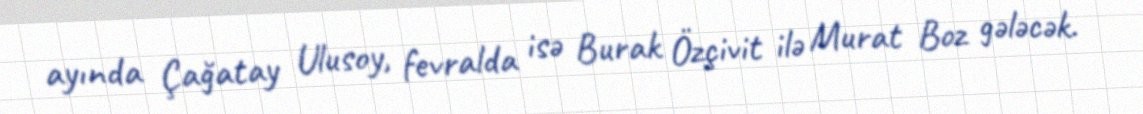
ayında Çağatay Ulusoy, fevralda isə Burak Özçivit ilə Murat Boz gələcək.